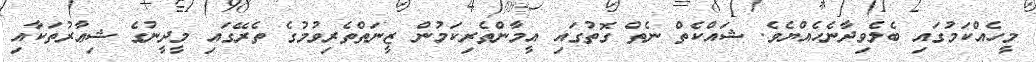
މީހެއްކަމުގައި ބެލެވިދާނެހެއްޔެވެ. ޝައްކެތް ނެތް ގޮތުގައި އީމާންތެރިކަމުން ޒީނަތްތެރިވުމުގެ ތެރޭގައި މީދީނުގެ ޝިޢާރުތަކާއި